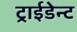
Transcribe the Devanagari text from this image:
ट्राईडेन्ट